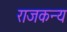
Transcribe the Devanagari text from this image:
राजकन्य